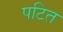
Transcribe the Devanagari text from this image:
पटित